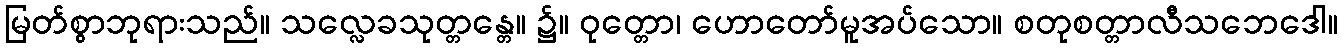
မြတ်စွာဘုရားသည်။ သလ္လေခသုတ္တန္တေ။ ၌။ ဝုတ္တော၊ ဟောတော်မူအပ်သော။ စတုစတ္တာလီသဘေဒေါ။